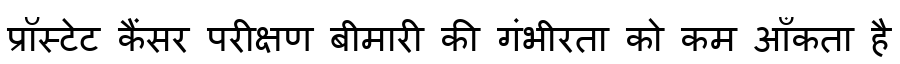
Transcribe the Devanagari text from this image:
प्रॉस्टेट कैंसर परीक्षण बीमारी की गंभीरता को कम आँकता है